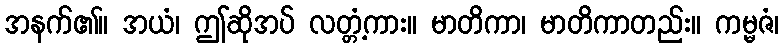
အနက်၏။ အယံ၊ ဤဆိုအပ် လတ္တံ့ကား။ မာတိကာ၊ မာတိကာတည်း။ ကမ္မဇံ၊